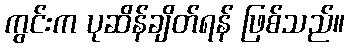
ကွင်းက ပုဆိန်ချိတ်ရန် ဖြစ်သည်။